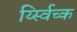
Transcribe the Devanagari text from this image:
र्य्स्विच्क